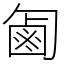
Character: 㔪